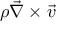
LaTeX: \rho { \vec { \nabla } } \times { \vec { v } }